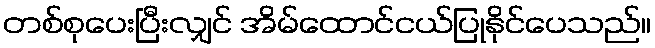
တစ်စုပေးပြီးလျှင် အိမ်ထောင်ငယ်ပြုနိုင်ပေသည်။